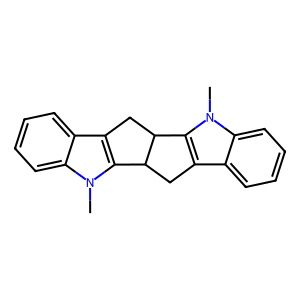
SMILES: Cn1c2c(c3ccccc31)CC1c3c(c4ccccc4n3C)CC21
Inhibits HIV replication: No